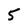
Character: 5